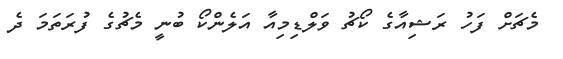
މެޗަށް ފަހު ރަޝިއާގެ ކޯޗު ވަލްޑިމިއާ އަލެންކޯ ބުނީ މެޗުގެ ފުރަތަމަ ދެ